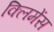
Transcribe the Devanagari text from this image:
क्लिमेंस